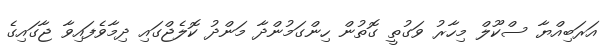
އަރަބިއްޔާ ސްކޫލް މިހާރު ވަގުތީ ގޮތުން ހިންގަމުންދާ މަންދު ކޮލެޖްގައި ދިމާވެފައިވާ ޖާގައިގެ